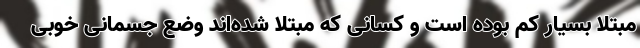
مبتلا بسیار کم بوده است و کسانی که مبتلا شده‌اند وضع جسمانی خوبی